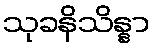
သုခနိသိန္နာ